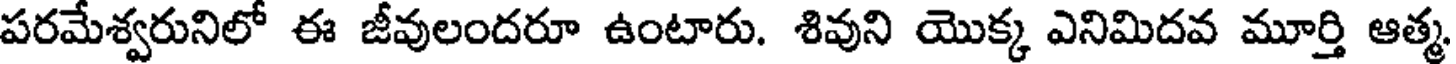
పరమేశ్వరునిలో ఈ జీవులందరూ ఉంటారు. శివుని యొక్క ఎనిమిదవ మూర్తి ఆత్మ